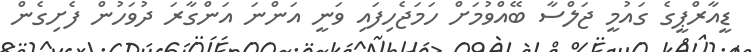
ޑީއާރްޕީގެ ގައުމީ ޖަލްސާ ބޭއްވުމަށް ހަމަޖެހިފައި ވަނީ އަންނަ އަންގާރަ ދުވަހުން ފެށިގެން